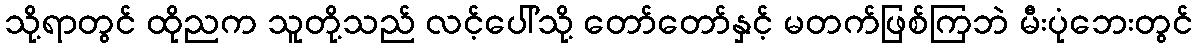
သို့ရာတွင် ထိုညက သူတို့သည် လင့်ပေါ်သို့ တော်တော်နှင့် မတက်ဖြစ်ကြဘဲ မီးပုံဘေးတွင်